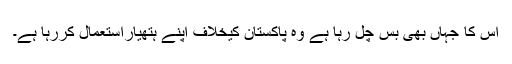
اس کا جہاں بھی بس چل رہا ہے وہ پاکستان کیخلاف اپنے ہتھیاراستعمال کررہا ہے۔